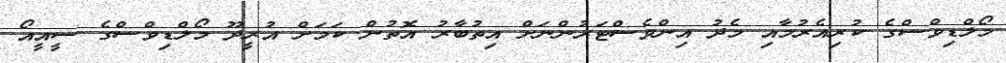
މޯލްޑިވްސްގެ ކުރިއެރުމާއި މެދު އިންވެސްޓަރުންނަށް އިތުބާރު އޮތުން ކަމަށް އުރީދޫ މޯލްޑިވްސްގެ ސީއީއޯ